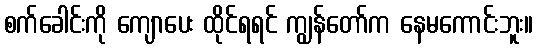
စက်ခေါင်းကို ကျောပေး ထိုင်ရရင် ကျွန်တော်က နေမကောင်းဘူး။